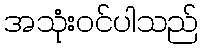
အသုံးဝင်ပါသည်